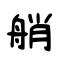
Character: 艄